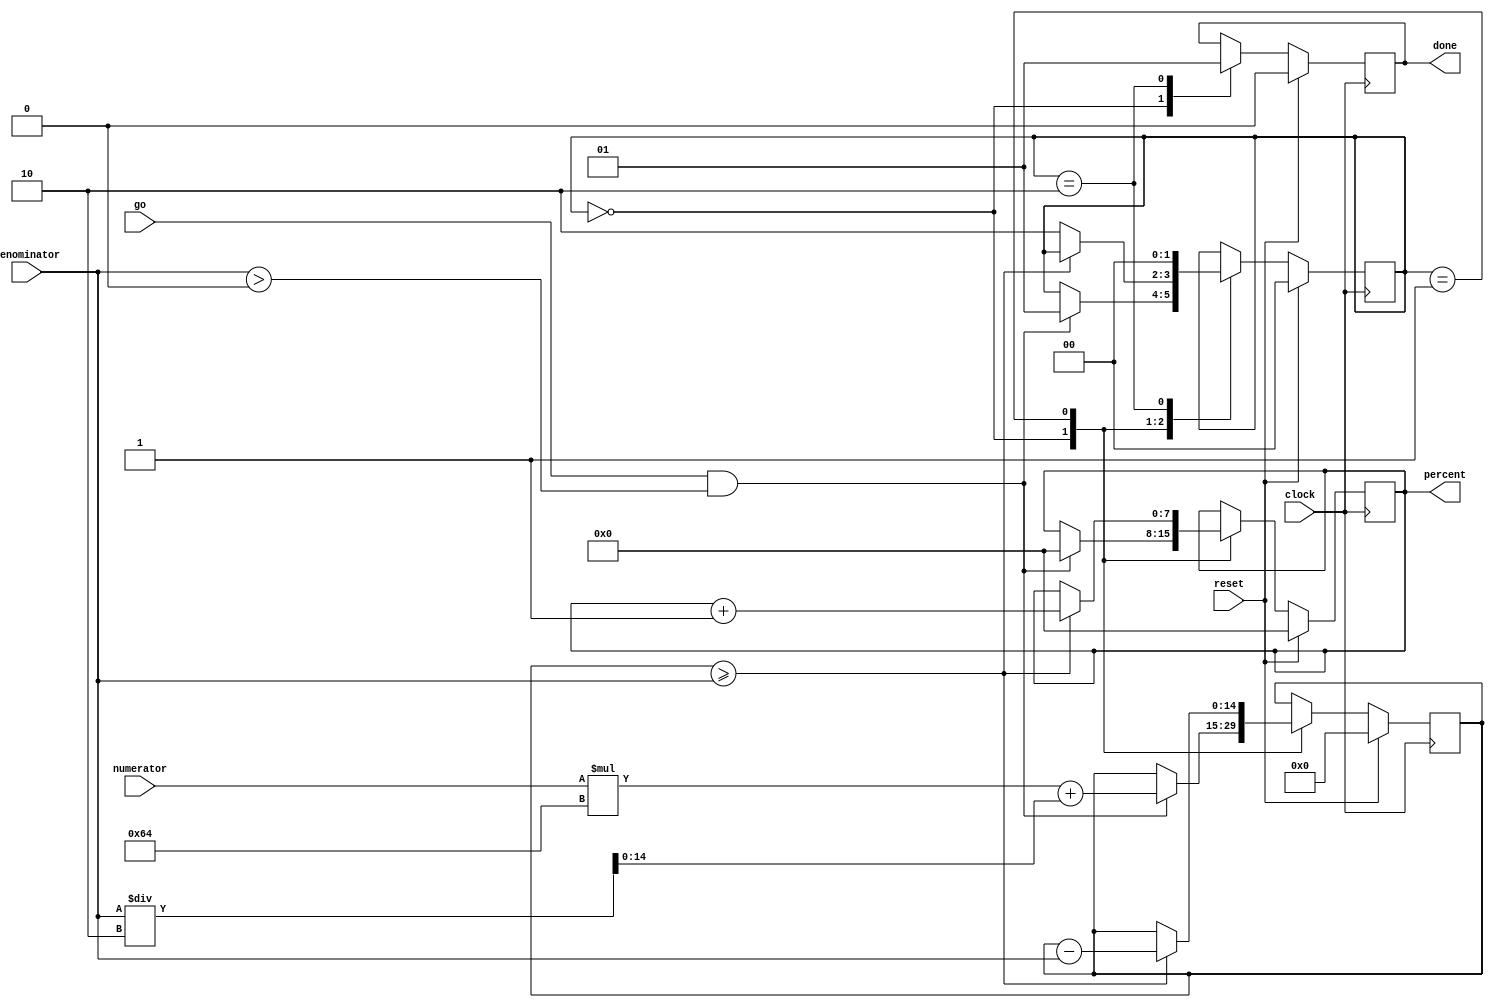
`timescale 1ns / 1ps
//////////////////////////////////////////////////////////////////////////////////
// Company: 
// Engineer: 
// 
// Design Name: 
// Module Name:    percentage 
// Project Name: 
// Target Devices: 
// Tool versions: 
// Description: 
//
// Dependencies: 
//
// Revision: 
// Revision 0.01 - File Created
// Additional Comments: 
//
//////////////////////////////////////////////////////////////////////////////////
module percentage(
	 input clock,
	 input reset,
    input [7:0] numerator,
    input [7:0] denominator,
    input go,
    output reg [7:0] percent,
    output reg done
    );

reg [14:0] summation;
reg [1:0] state = 0;


always @(posedge clock)
	begin
		if(reset)
			begin
				{state, summation, percent, done} <= 0;									// nice syntax for mass reset
			end
		else
			begin
				case(state)
					0: 
						begin
							done <= 0;
							if(go && denominator > 0)
								begin
									summation <= numerator * 100 + denominator /2;		// to be done in parts per hundred, plus rounding
									percent <= 0;													// clear it out to start
									state <= 1;
								end
						end
					1:
						begin
							if(summation >= denominator)										// see if it fits
								begin
									summation <= summation - denominator;					// take one out
									percent <= percent + 1;										// percentage goes up
								end
							else
								begin
									state <= 2;														// otherwise now ready to quit
								end
						end
					2:
						begin
							state <= 0;																// quit
							done <= 1;																// and tell the world
						end
				endcase
			end
	end


endmodule